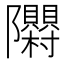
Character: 𮥳